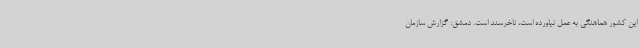
این کشور هماهنگی به عمل نیاورده است، ناخرسند است. دمشق: گزارش سازمان